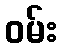
ဝမ်း